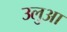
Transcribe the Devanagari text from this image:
उलुआ